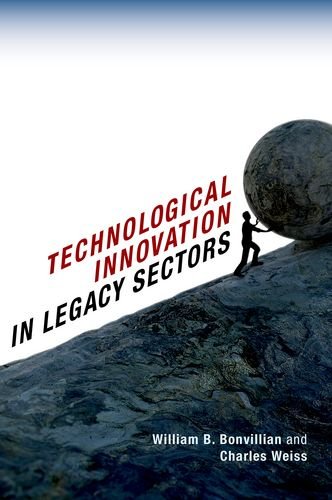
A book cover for Technological Innovation in Legacy Sectors; William B. Bonvillian; Business & Money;